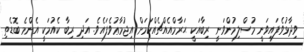
ވިދާޅުވެފައިވަނީ މުސްލިމުންވަނީ ރިބާއަކީ ޙަރާމްއެއްޗެއްކަމަށް އިޖުމާޢުވެފައެވެ. އަދި ރިބާ ކެއުމަކީ އެންމެ ބޮޑެތި